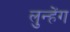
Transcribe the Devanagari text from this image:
लुन्हेंग